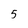
Character: 5